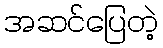
အဆင်ပြေတဲ့